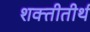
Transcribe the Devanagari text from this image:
शक्तीतीर्थ